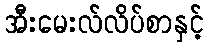
အီးမေးလ်လိပ်စာနှင့်